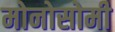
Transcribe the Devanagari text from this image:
मोनोसोमी